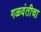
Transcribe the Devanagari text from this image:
गळवंतीचा